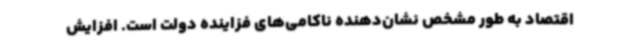
اقتصاد به طور مشخص نشان‌دهنده ناکامی‌های فزاینده دولت است. افزایش